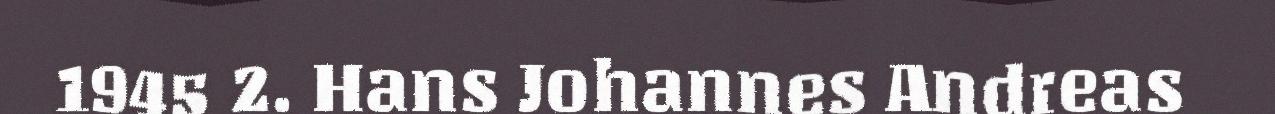
1945 2. Hans Johannes Andreas